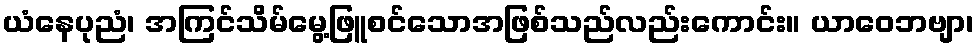
ယံနေပုညံ၊ အကြင်သိမ်မွေ့ဖြူစင်သောအဖြစ်သည်လည်းကောင်း။ ယာဝေဘဗျာ၊